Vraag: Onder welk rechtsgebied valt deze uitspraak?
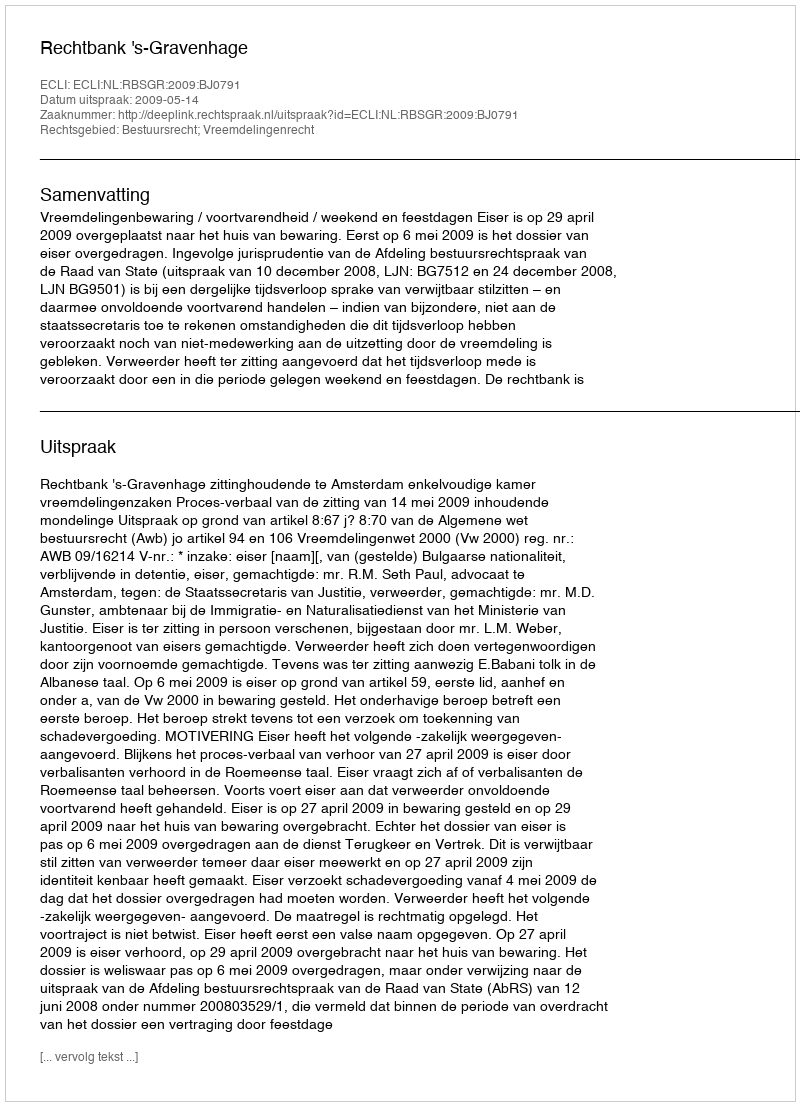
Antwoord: Bestuursrecht; Vreemdelingenrecht